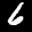
Label: 6